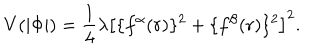
V ( | \Phi | ) = \frac { 1 } { 4 } \lambda \left[ \{ f ^ { \alpha } ( r ) \} ^ { 2 } + \{ f ^ { \beta } ( r ) \} ^ { 2 } \right] ^ { 2 } .